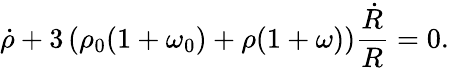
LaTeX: \dot{\rho}+3\left(\rho_{0}(1+\omega_{0})+\rho(1+\omega)\right)\frac{\dot{R}}{R}=0.